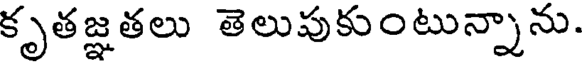
కృతజ్ఞతలు తెలుపుకుంటున్నాను.